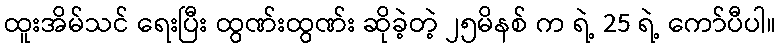
ထူးအိမ်သင် ရေးပြီး ထွဏ်းထွဏ်း ဆိုခဲ့တဲ့ ၂၅မိနစ် က ရဲ့ 25 ရဲ့ ကော်ပီပါ။